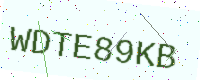
Text: WDTE89KB